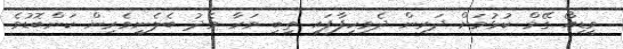
ވީޑިއޯ ގޭމް ކުޅުމަށް ދަރިން ދެވިހިފާފައި ތިބި ވަރާ މެދު ބެލެނިވެރިން ކަންބޮޑުވެ